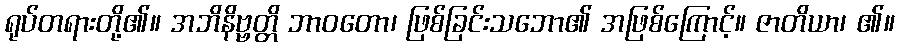
ရုပ်တရားတို့၏။ အဘိနိဗ္ဗတ္တိ ဘာဝတော၊ ဖြစ်ခြင်းသဘော၏ အဖြစ်ကြောင့်။ ဇာတိယာ၊ ၏။